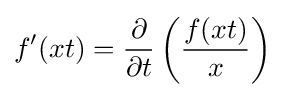
f'(xt)={\frac {\partial }{\partial t}}\left({\frac {f(xt)}{x}}\right)